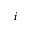
i